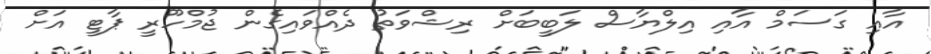
އާއި ގަސަމް އާއި އިލްޔާސް ލަބީބަށް ރިޝްވަތު ދެއްވައިގެން ޖުމްހޫރީ ޕާޓީ އަށް